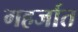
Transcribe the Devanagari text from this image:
गहर्जात